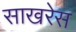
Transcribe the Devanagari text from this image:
साखरेस